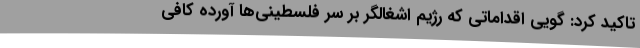
تاکید کرد: گویی اقداماتی که رژیم اشغالگر بر سر فلسطینی‌ها آورده کافی